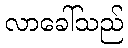
လာခေါ်သည်